Civil Veterinary Department Bihar & Orissa reports 1929-36 - 1929-1936
Year: 1929
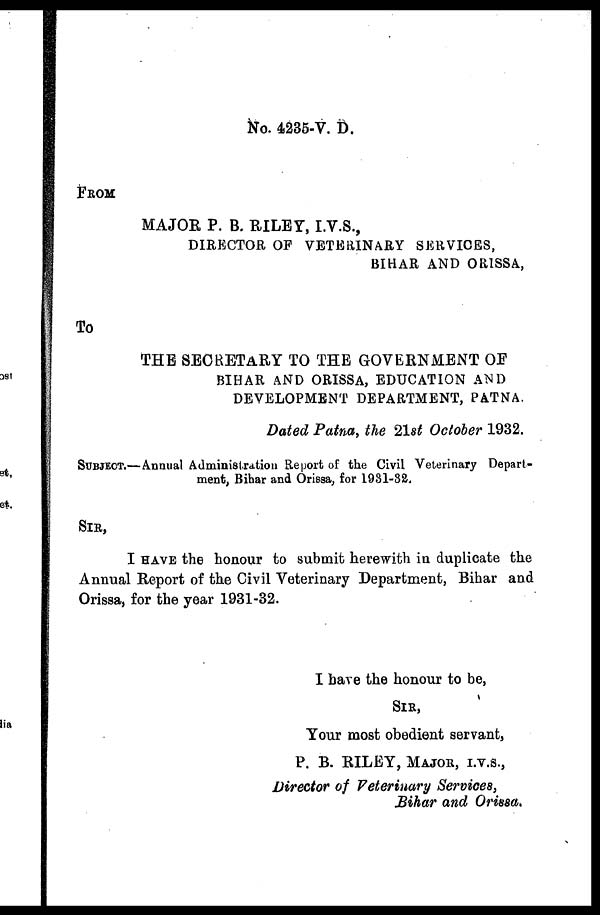
No. 4236-V. D.
FROM
MAJOR P. B. RILEY, I.V.S.,
DIRECTOR OF VETERINARY SERVICES,
BIHAR AND ORISSA ,
To
THE SECRETARY TO THE GOVERNMENT OF
BIHAR AND ORISSA, EDUCATION AND
DEVELOPMENT DEPARTMENT, PATNA.
Dated Patna, the 21st October 1932.
SUBJECT.—Annual Administration Report of the Civil Veterinary Depart-
ment, Bihar and Orissa, for 1931-32.
SIR,
I HAVE the honour to submit herewith in duplicate the
Annual Report of the Civil Veterinary Department, Bihar and
Orissa, for the year 1931-32.
I bare the honour to be,
SIR,
Your most obedient servant,
P. B. RILEY, MAJOR, I.V.S.,
Director of Veterinary Services,
Bihar and Orissa.